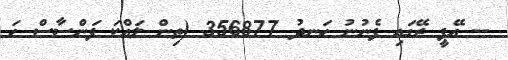
-- އޭޕީ ރޭގައި ފެނުނު ހަނދު 356877 (ތިން ލައްކަ ފަންސާސް ހަ